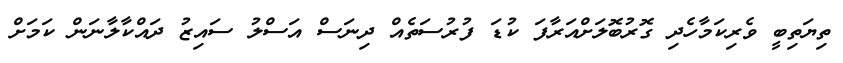
ތިޔަތިބީ ވެރިކަމާހެދި ގޮރުބޮލަށްއަރާފަ ކުޑަ ފުރުސަތެއް ދިނަސް އަސްލު ސައިޒު ދައްކާލާނަން ކަމަށް